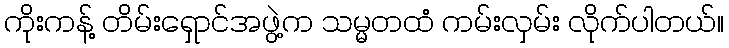
ကိုးကန့် တိမ်းရှောင်အဖွဲ့က သမ္မတထံ ကမ်းလှမ်း လိုက်ပါတယ်။